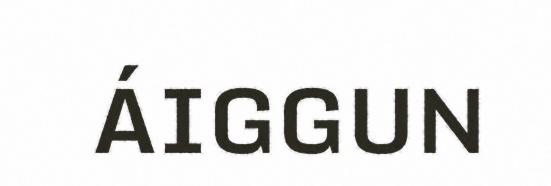
ÁIGGUN